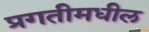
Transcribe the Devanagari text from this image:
प्रगतीमधील